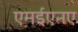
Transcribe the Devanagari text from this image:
एमईएनए